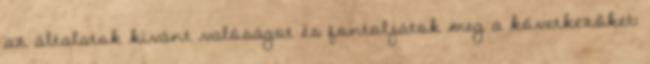
az általatok kívánt valóságot és fontoljátok meg a következőket: